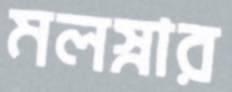
মলস্নার